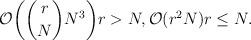
LaTeX: \begin{align*}\mathcal{O}\biggl( \binom{r}{N} N^3 \biggr) r > N, \mathcal{O}( r^2 N ) r \le N.\end{align*}